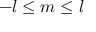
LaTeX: - l \leq m \leq l